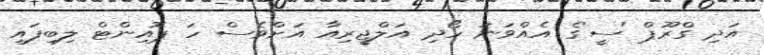
އަދި ގްރޫޕް 'ސީ'ގެ އެއްވަނަ ހޯދި އަލްޖީރިއާ އަށްވެސް ހަ ޕޮއިންޓް ލިބިފައި